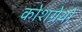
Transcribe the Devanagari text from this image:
कोशग्रेथों